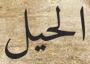
الحيل